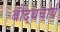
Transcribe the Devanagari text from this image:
बौद्धचार्य